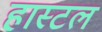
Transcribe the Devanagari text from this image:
हास्‍टल